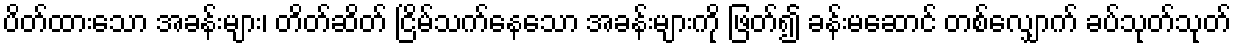
ပိတ်ထားသော အခန်းများ၊ တိတ်ဆိတ် ငြိမ်သက်နေသော အခန်းများကို ဖြတ်၍ ခန်းမဆောင် တစ်လျှောက် ခပ်သုတ်သုတ်